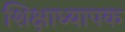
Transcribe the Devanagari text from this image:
शिक्षाध्यापक